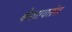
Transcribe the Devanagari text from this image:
केशावतंस